Civil Veterinary Department Bihar & Orissa reports 1929-36 - 1929-1936
Year: 1929
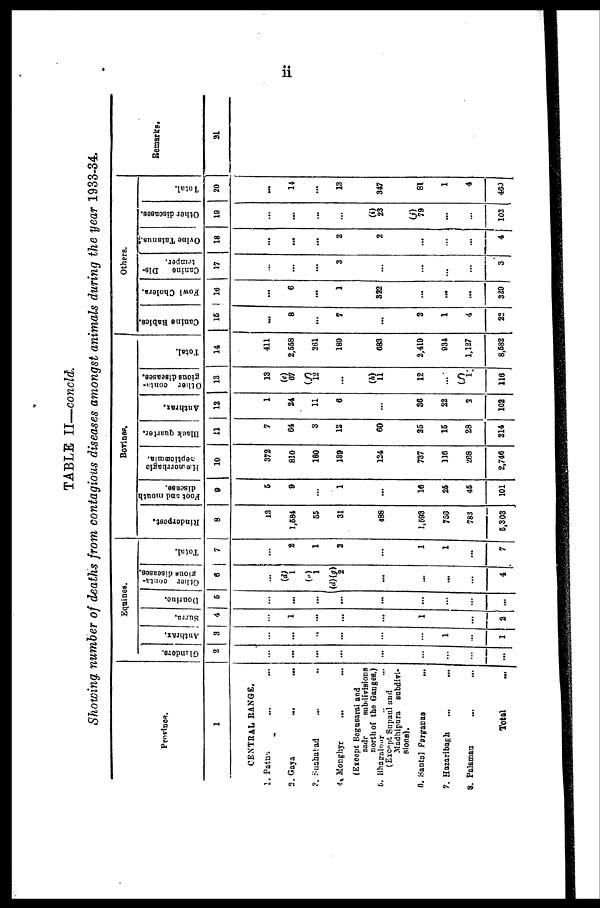
11
TABLE II—concld.
Showing number of deaths from contagious diseases amongst animals during the year 1933-34.
Province.
1
CENTRAL RANGE.
1. Patna ... ...
2. Gaya ... ...
3. Snahabad
... ..
4. Monghyr
... ...
(Except Begusarai and
sadr
subdivisions
north of the Ganges.)
5. Bhagalpur .. ...
(Except Supaul and
Madhipura subdivi-
sions).
6.
Santal
Parganas
...
7. Hazaribagh
... ...
8. Palamau ... ...
Total ...
Equines.
Glanders.
2
...
...
...
...
...
...
...
...
...
Anthrax,
3
...
...
..
...
...
...
1
...
1
Surra.
4
...
1
...
...
...
1
...
...
2
Dourine.
6
...
...
...
...
...
...
...
...
...
Other conta-
gious diseases.
6
...
(d)
1
1
(d)(g)
2
...
...
...
...
4
Total.
7
...
2
1
2
...
1
1
...
7
Bovines.
Rinderpest.
8
13
1,584
65
31
488
1,693
750
783
5,303
Foot and mouth
disease.
9
5
9
...
1
...
16
26
45
101
Hæmorrhagic
Septicæmia.
10
372
810
180
189
124
737
116
268
2,746
Black quarter.
11
7
64
3
12
60
25
15
28
214
Anthrax,
12
1
24
11
6
...
36
22
3
102
Other conta-
gious diseases.
13
13
(e)
67
12
...
(h)
11
12
(j)
(f)
1
116
Total.
14
411
2,558
261
189
683
2,419
934
1,127
8,582
Others.
Canine Rabies.
15
...
8
...
7
...
2
1
4
22
Fowl Cholera.
16
...
6
...
1
322
...
...
...
329
Canine
Dis-
temper.
17
...
...
...
3
...
...
...
...
3
Ovine Tatanus.
18
...
...
...
2
2
...
...
...
4
Other diseases.
19
...
...
...
...
(i)
23
(j)
79
...
...
102
Total.
20
...
14
...
13
347
81
1
4
460
Remarks.
21